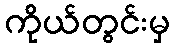
ကိုယ်တွင်းမှ